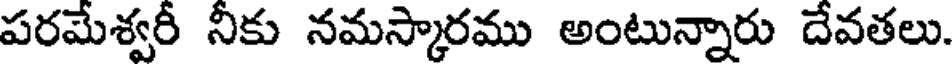
పరమేశ్వరీ నీకు నమస్కారము అంటున్నారు దేవతలు.